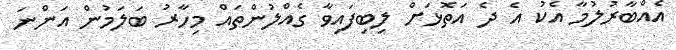
އެއްބާރުލުމާ އެކު އެ ދެ އަތޮޅަށް ލިބިފައިވާ ގެއްލުންތައް މިހާރު ބަލަމުން އަންނަ